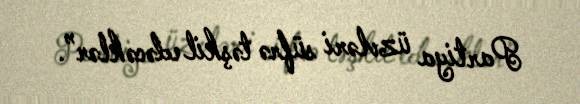
Partiya üzvləri süfrə təşkil edəcəklər”.